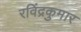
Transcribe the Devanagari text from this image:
रविंद्रकुमार